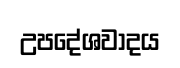
උපදේශවාදය